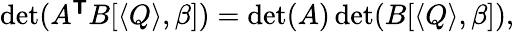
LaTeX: \begin{array}{r}{\operatorname*{det}(A^{\boldsymbol{\mathsf{T}}}B[\langle Q\rangle,\beta])=\operatorname*{det}(A)\operatorname*{det}(B[\langle Q\rangle,\beta]),}\end{array}